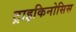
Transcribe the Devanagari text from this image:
ट्राइकिनोसिस